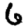
Digit: 6